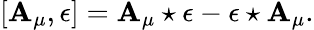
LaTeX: [\mathbf{A}_{\mu},\epsilon]=\mathbf{A}_{\mu}\star\epsilon-\epsilon\star\mathbf{A}_{\mu}.